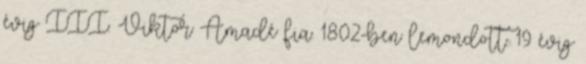
évig III. Viktor Amadé fia. 1802-ben lemondott. 19 évig